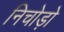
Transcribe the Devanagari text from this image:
निचोड़ो